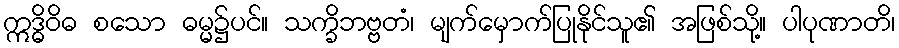
ဣဒ္ဓိဝိဓ စသော ဓမ္မ၌ပင်။ သက္ခိဘဗ္ဗတံ၊ မျက်မှောက်ပြုနိုင်သူ၏ အဖြစ်သို့။ ပါပုဏာတိ၊